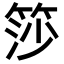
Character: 𬕍